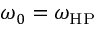
\omega _ { 0 } = \omega _ { \mathrm { H P } }